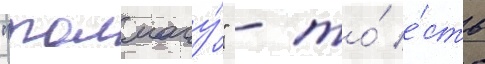
"толмачу́" - то́ е́сть